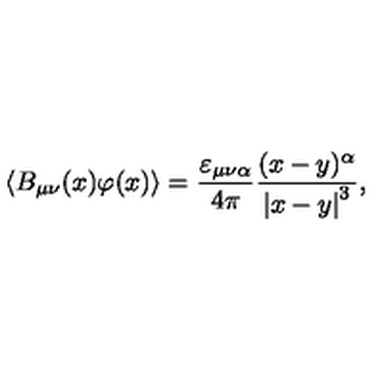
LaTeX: \langle B _ { \mu \nu } ( x ) \varphi ( x ) \rangle = \frac { \varepsilon _ { \mu \nu \alpha } } { 4 \pi } \frac { ( x - y ) ^ { \alpha } } { \left| x - y \right| ^ { 3 } } ,